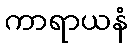
ကာရာယနံ